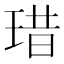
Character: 𤦘